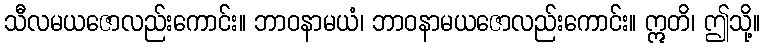
သီလမယဇောလည်းကောင်း။ ဘာဝနာမယံ၊ ဘာဝနာမယဇောလည်းကောင်း။ ဣတိ၊ ဤသို့။